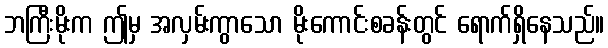
ဘကြီးမိုးက ဤမှ အလှမ်းကွာသော မိုးကောင်းစခန်းတွင် ရောက်ရှိနေသည်။